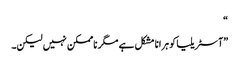
“
”آسٹریلیا کو ہرانا مشکل ہے مگر ناممکن نہیں لیکن۔